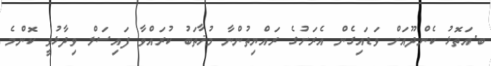
ބ.އަތޮޅު ކެންދޫއަށް ވަޑައިގެން އެރަށުގެ ރައްޔިތުންނާ މުޚާތަބު ކުރައްވާ ފައިސަލް ވިދާޅުވީ ކޮންމެ